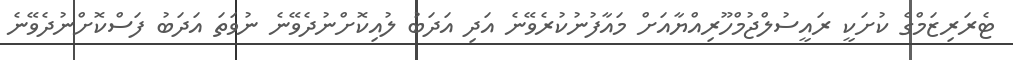
ޓެރަރިޒަމްގެ ކުށަކީ ރައީސުލްޖުމްހޫރިއްޔާއަށް މައާފުނުކުރެވޭނެ އަދި އަދަބު ލުއިކޮށްނުދެވޭނެ ނުވަތަ އަދަބު ފަސްކޮށްނުދެވޭނެ